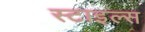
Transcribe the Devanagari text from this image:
स्‍टाइल्‍स